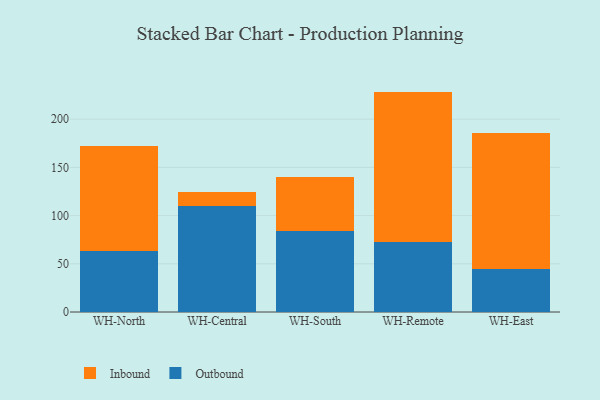
{"axis": {"x": "Warehouse", "y": "Waste Production (Tons)"}, "legend": ["Inbound", "Outbound"], "data": [{"x": "WH-North", "y": 63.4, "type": "Outbound"}, {"x": "WH-North", "y": 108.6, "type": "Inbound"}, {"x": "WH-Central", "y": 110.3, "type": "Outbound"}, {"x": "WH-Central", "y": 13.9, "type": "Inbound"}, {"x": "WH-South", "y": 83.9, "type": "Outbound"}, {"x": "WH-South", "y": 56.3, "type": "Inbound"}, {"x": "WH-Remote", "y": 72.5, "type": "Outbound"}, {"x": "WH-Remote", "y": 156.1, "type": "Inbound"}, {"x": "WH-East", "y": 44.6, "type": "Outbound"}, {"x": "WH-East", "y": 141.3, "type": "Inbound"}]}